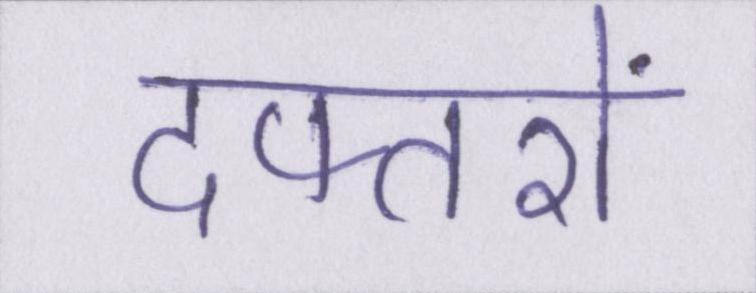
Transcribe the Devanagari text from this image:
दफ्तरों